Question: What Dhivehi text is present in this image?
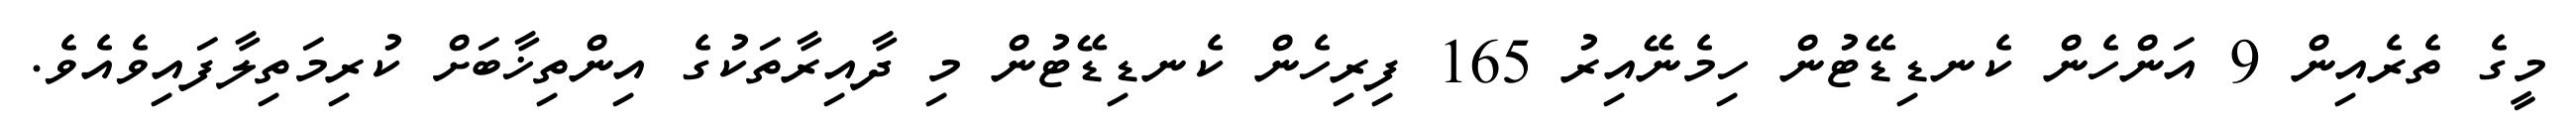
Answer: މީގެ ތެރެއިން 9 އަންހެން ކެނޑިޑޭޓުން ހިމެނޭއިރު 165 ފިރިހެން ކެނޑިޑޭޓުން މި ދާއިރާތަކުގެ އިންތިޚާބަށް ކުރިމަތިލާފައިވެއެވެ.